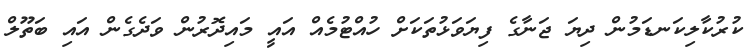
ކުރުކާލިކަނޑަމުން ދިޔަ ޖަނާގެ ފިޔަވަޅުތަކަށް ހުއްޓުމެއް އައީ މައިދޮރުން ވަދެގެން އައި ބަތޫލް